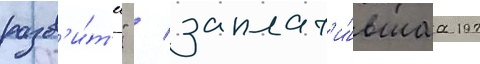
разв'и́т'ие" / заплат'и́вшаа 197